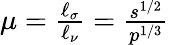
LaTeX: \begin{array}{r}{\mu=\frac{\ell_{\sigma}}{\ell_{\nu}}=\frac{s^{1/2}}{p^{1/3}}}\end{array}